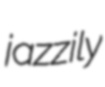
jazzily